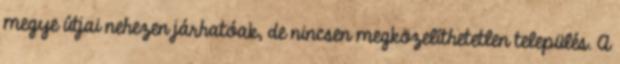
megye útjai nehezen járhatóak, de nincsen megközelíthetetlen település. A